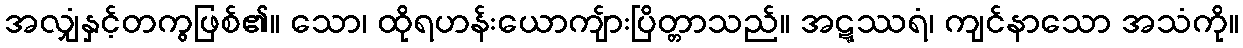
အလျှံနှင့်တကွဖြစ်၏။ သော၊ ထိုရဟန်းယောကျ်ားပြိတ္တာသည်။ အဋ္ဋဿရံ၊ ကျင်နာသော အသံကို။